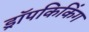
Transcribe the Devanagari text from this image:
ड्रॉपकिकिंग